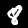
Digit: 8